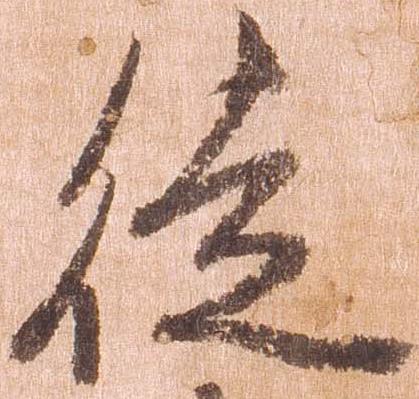
徒